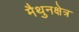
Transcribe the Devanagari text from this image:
मैथुनक्षेत्र